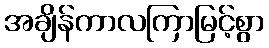
အချိန်ကာလကြာမြင့်စွာ